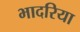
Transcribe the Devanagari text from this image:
भादरिया